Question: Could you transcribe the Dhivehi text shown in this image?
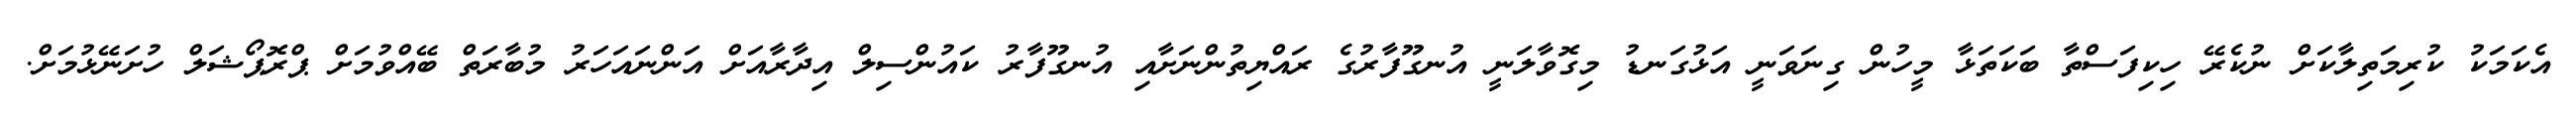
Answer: އެކަމަކު ކުރިމަތިލާކަށް ނުކެރޭ ހިކިފަސްތާ ބަކަތަޅާ މީހުން ގިނަވަނީ އަޅުގަނޑު މިގޮވާލަނީ އުނގޫފާރުގެ ރައްޔިތުންނަށާއި އުނގޫފާރު ކައުންސިލް އިދާރާއަށް އަންނައަހަރު މުބާރަތް ބޭއްވުމަށް ޕްރޮޕޯޝަލް ހުށަނޭޅުމަށް.